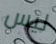
ليس